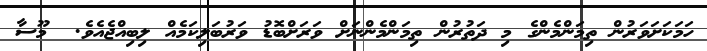
ހަމަކަށަވަރުން ތިމަންމެންގެ މި ދަތުރުން ތިމަންމެންނަށް ވަރަށްބޮޑު ވަރުބަލިކަމެއް ލިބިއްޖެއެވެ.  މޫސާ